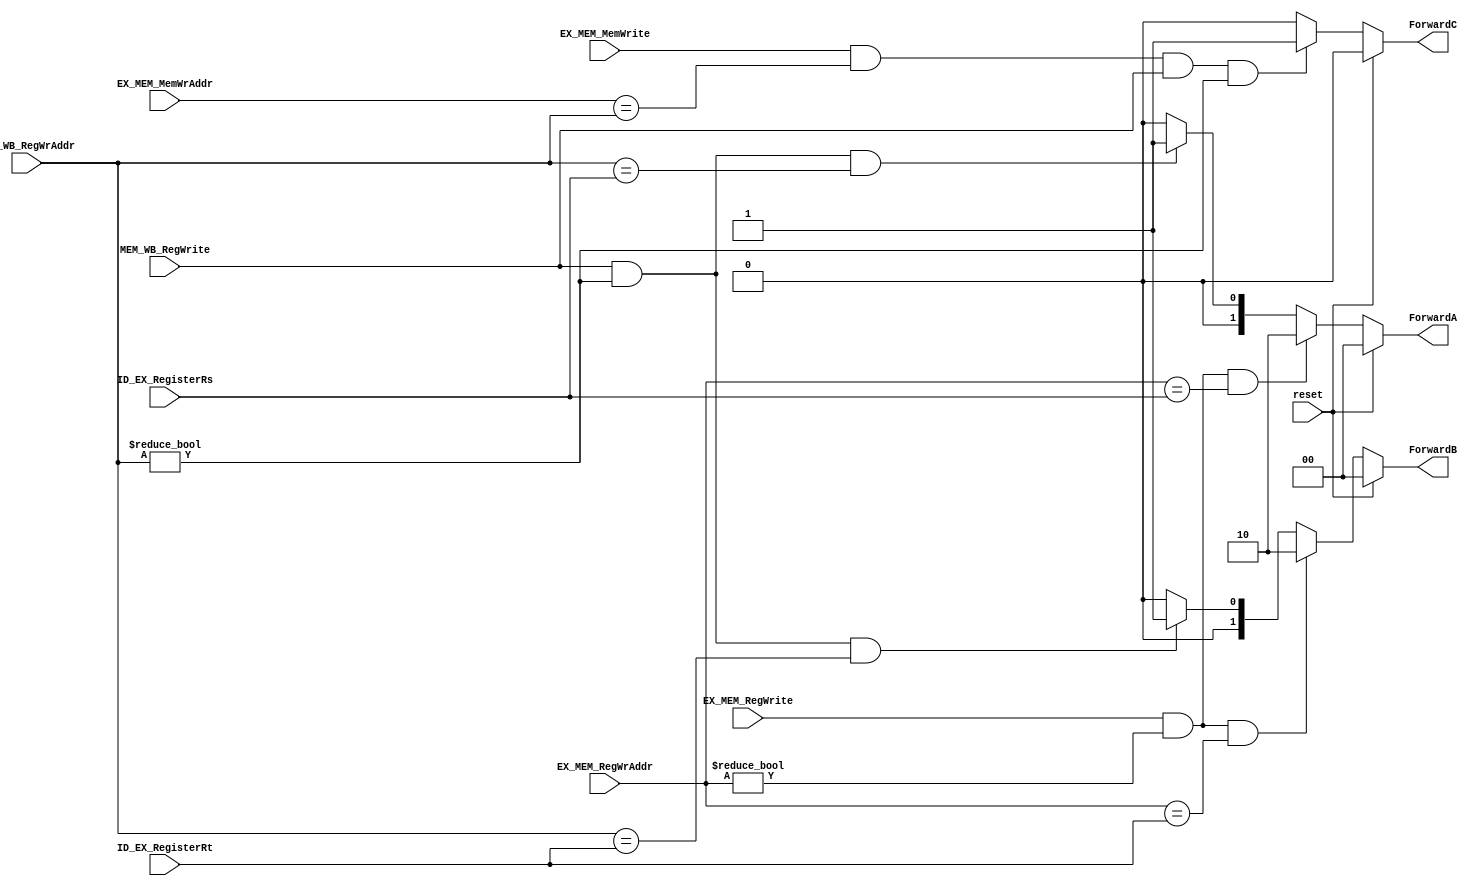
module ForwardingUnit(
        input reset,
        input [4:0] ID_EX_RegisterRs,
        input [4:0] ID_EX_RegisterRt,
        input EX_MEM_RegWrite,
        input [4:0] EX_MEM_RegWrAddr,
        input [4:0] EX_MEM_MemWrAddr,
        input EX_MEM_MemWrite,
        input MEM_WB_RegWrite,
        input [4:0] MEM_WB_RegWrAddr,
        output reg [1:0] ForwardA,
        output reg [1:0] ForwardB,
        output reg ForwardC
        );
   

    always @ (*)
    begin
        if (reset)
        begin
            ForwardA <= 2'b00;
            ForwardB <= 2'b00;
            ForwardC <= 0;
        end
        else
        begin
            if (EX_MEM_RegWrite && (EX_MEM_RegWrAddr != 0)  && (EX_MEM_RegWrAddr == ID_EX_RegisterRs))    
                    ForwardA <= 2'b10;
            else if (MEM_WB_RegWrite && (MEM_WB_RegWrAddr != 0) && (MEM_WB_RegWrAddr == ID_EX_RegisterRs))
                    ForwardA <= 2'b01;
            else ForwardA <= 2'b00;
                    
            if (EX_MEM_RegWrite && (EX_MEM_RegWrAddr != 0) && (EX_MEM_RegWrAddr == ID_EX_RegisterRt))
                    ForwardB <= 2'b10;
            else if (MEM_WB_RegWrite && (MEM_WB_RegWrAddr != 0) && (MEM_WB_RegWrAddr == ID_EX_RegisterRt))
                    ForwardB <= 2'b01;
            else 
                ForwardB <= 2'b00;

            if ((EX_MEM_MemWrite != 0) && (EX_MEM_MemWrAddr == MEM_WB_RegWrAddr) && (MEM_WB_RegWrite == 1) && (MEM_WB_RegWrAddr != 0))
                    ForwardC <= 1'b1;
            else 
                ForwardC <= 1'b0;
        end
    end
endmodule